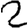
Digit: 2